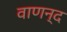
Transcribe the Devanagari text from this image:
वाणन्द